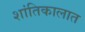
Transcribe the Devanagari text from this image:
शांतिकालात